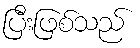
ပြီးဖြစ်သည်